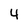
Character: 4